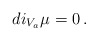
\begin{align*}di_{V_a}\mu=0\,. \end{align*}